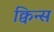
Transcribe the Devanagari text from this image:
क्विन्‍स